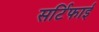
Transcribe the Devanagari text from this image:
सर्टिफाई